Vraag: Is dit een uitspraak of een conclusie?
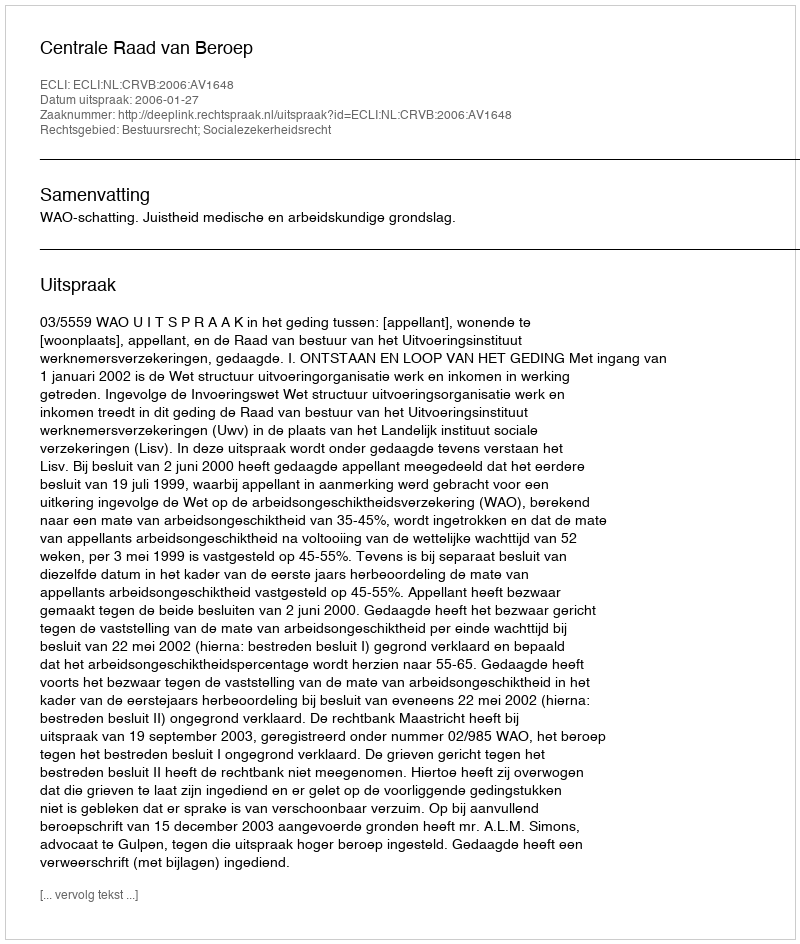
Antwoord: Uitspraak